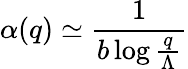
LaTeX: \alpha(q)\simeq\frac{1}{b\log\frac{q}{\Lambda}}